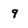
Character: 9